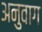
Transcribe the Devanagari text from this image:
अनुवाग